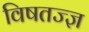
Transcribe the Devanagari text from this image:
विषतज्ज्ञ